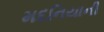
મદનિયાની